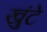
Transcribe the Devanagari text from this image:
खुंटे